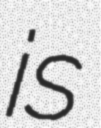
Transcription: is